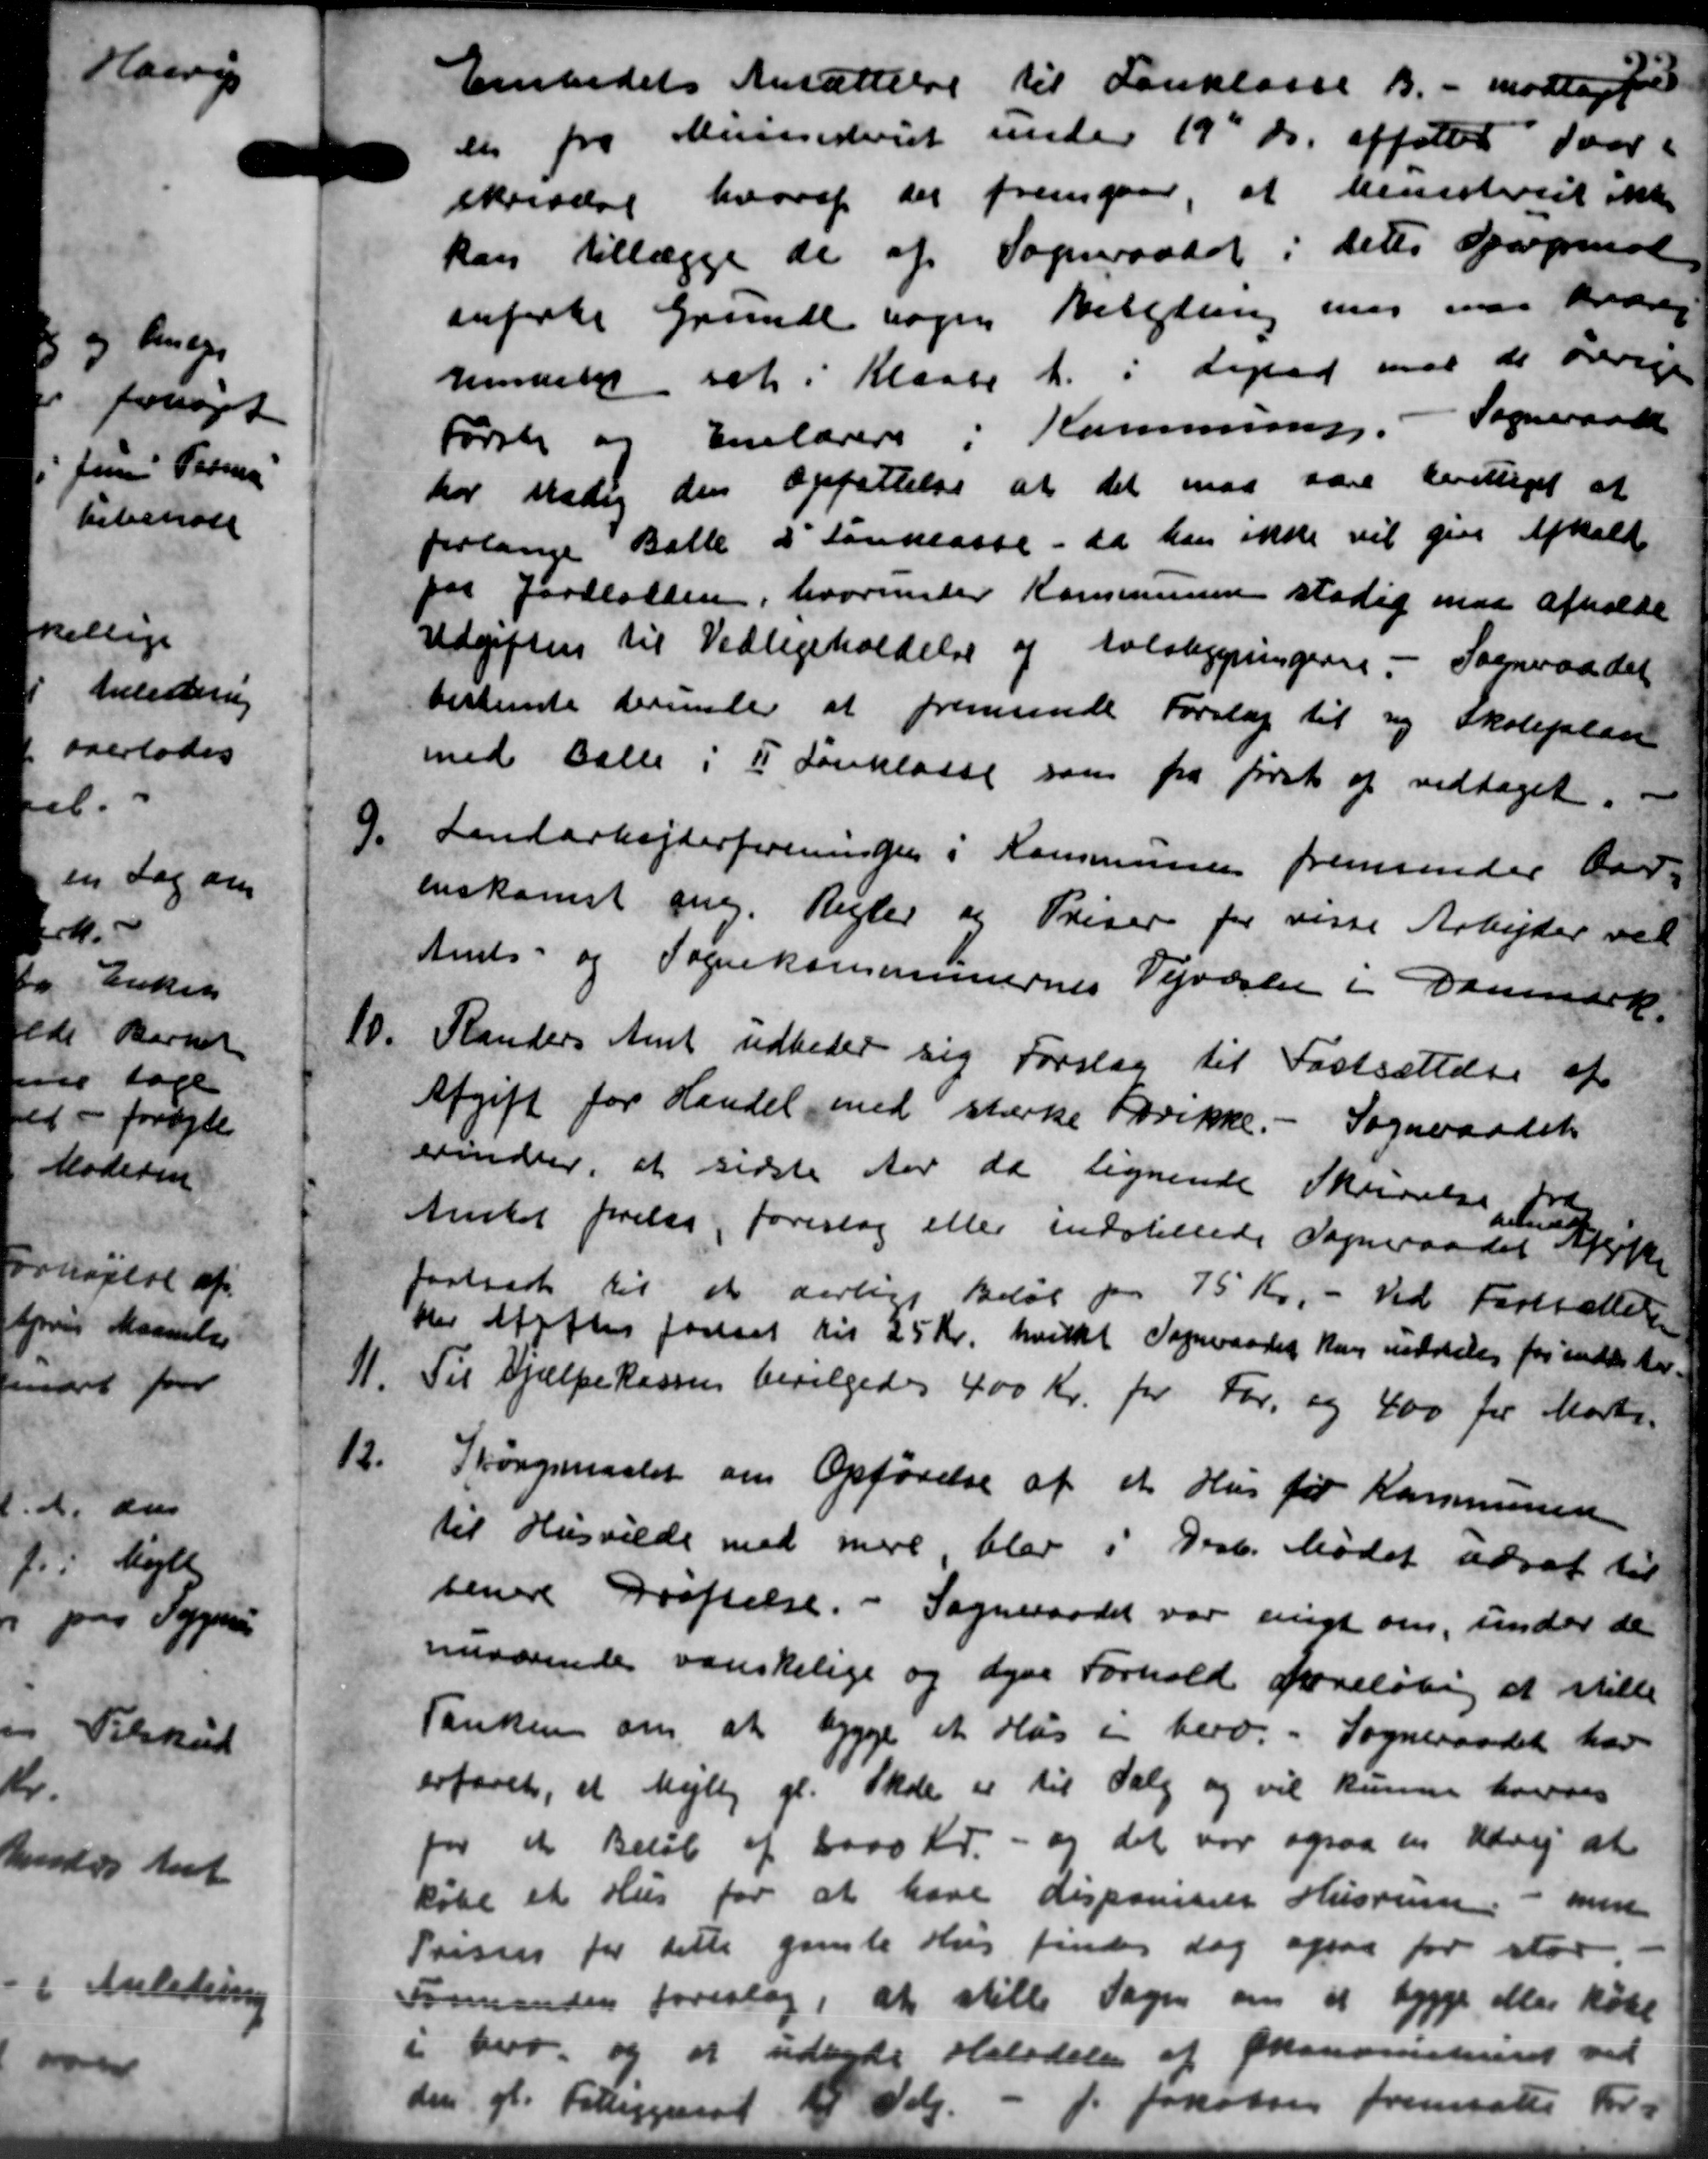
Transskription:
Embedets Ansættelse til Forklasse B. - modtage for
en fra Ministeriet under 19 ds. affatter svar
skrivelse hvoraf der fremgaar, at Ministeriet ikke
kan tillægge de af Sogneraadet i dette Spørgsmal
anfiske Grunde sagen Belytning med maa træng
remdele set i Klasse A. i Ligrad med de berige
Første og Enelærere i Kommune. - Sogneraadet
har medig den opfattelse at det maa være berettiget at
forlange Balle i Tanklasse - da han ikke vil give Afhold
for Jordlotten, hvorunder Kommunen stadig maa afholde
Udgiften til Vedligeholdelse af Koldbygningerne. - Sogneraadet
bestemte dermeler at fremsende Forslag til ny Skoleplan
med Balle i I Forklasse som fra først af vedtaget.
9.
Landarbejderforeninger i Kommunen fremsender var
enskomst ang. Regler og Priser for visse Arbejder ved
Amts- og Sognekasseinernes Vejvæsen i Danmark.
10.
Randers Amt udbeder sig Forslag til Fastsættelse af
Afgift for Handel med stærke Drikke. - Sogneraadet
erindrer, at sidste Aar da lignende Skrivelse fra
Amtet forelaa, foreslog eller indstillede Sogneraadet ikke
lning
fastsat til at aarlige Beløb fra 75 Kr. - Ved Fastsættelse
her Afgifter fastsat til 25 Kr. hvilket Sogneraadet kan meddeles for endte Ar-
11.
Til Hjælpekassen bevilgedes 400 Kr. for For, og 400 for Morte.
12.
Spørgsmaalet om Opførelse af et Hus for Kommunen
til Husvilde med mere, blev i Best. Mødet udsat til
senere Drøftelse. - Sogneraadet var enigt om, under de
neværende vanskelige og dyre Forhold foreløbig at stille
Tanken om at bygge et Hus i hero. Sogneraadet har
erfaret, et Mejlby gl. Skole er til Salg og vil kunne beredes
for et Beløb af 2000 Kr. - og det var ogsaa en Udvej at
købe et Hus for at have disponiser Husrum. - men
Priser for dette gamle Hus findes dag afsat for stor
Formanden foreslag, at stille Sagen om at bygge eller købe
i herv. og at udente Halvdelen af Økonomiskeriet ved
den gl. Fattiggaard 18 Dag. J. Jakobsen fremsatte For-